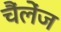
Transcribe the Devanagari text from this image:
चैंलेंज